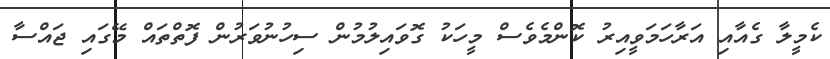
ކެމީލާ ގެއާއި އަރާހަމަވީއިރު ކޮންމެވެސް މީހަކު ގޮވައިލުމުން ސިހުނުވަރުން ފޮތްތައް މޭގައި ޖައްސާ